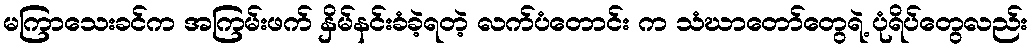
မကြာသေးခင်က အကြမ်းဖက် နှိမ်နင်းခံခဲ့ရတဲ့ လက်ပံတောင်း က သံဃာတော်တွေရဲ့ ပုံရိပ်တွေလည်း